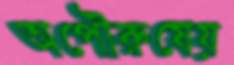
অপৌরুষেয়